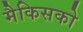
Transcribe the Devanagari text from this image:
मैकिसको